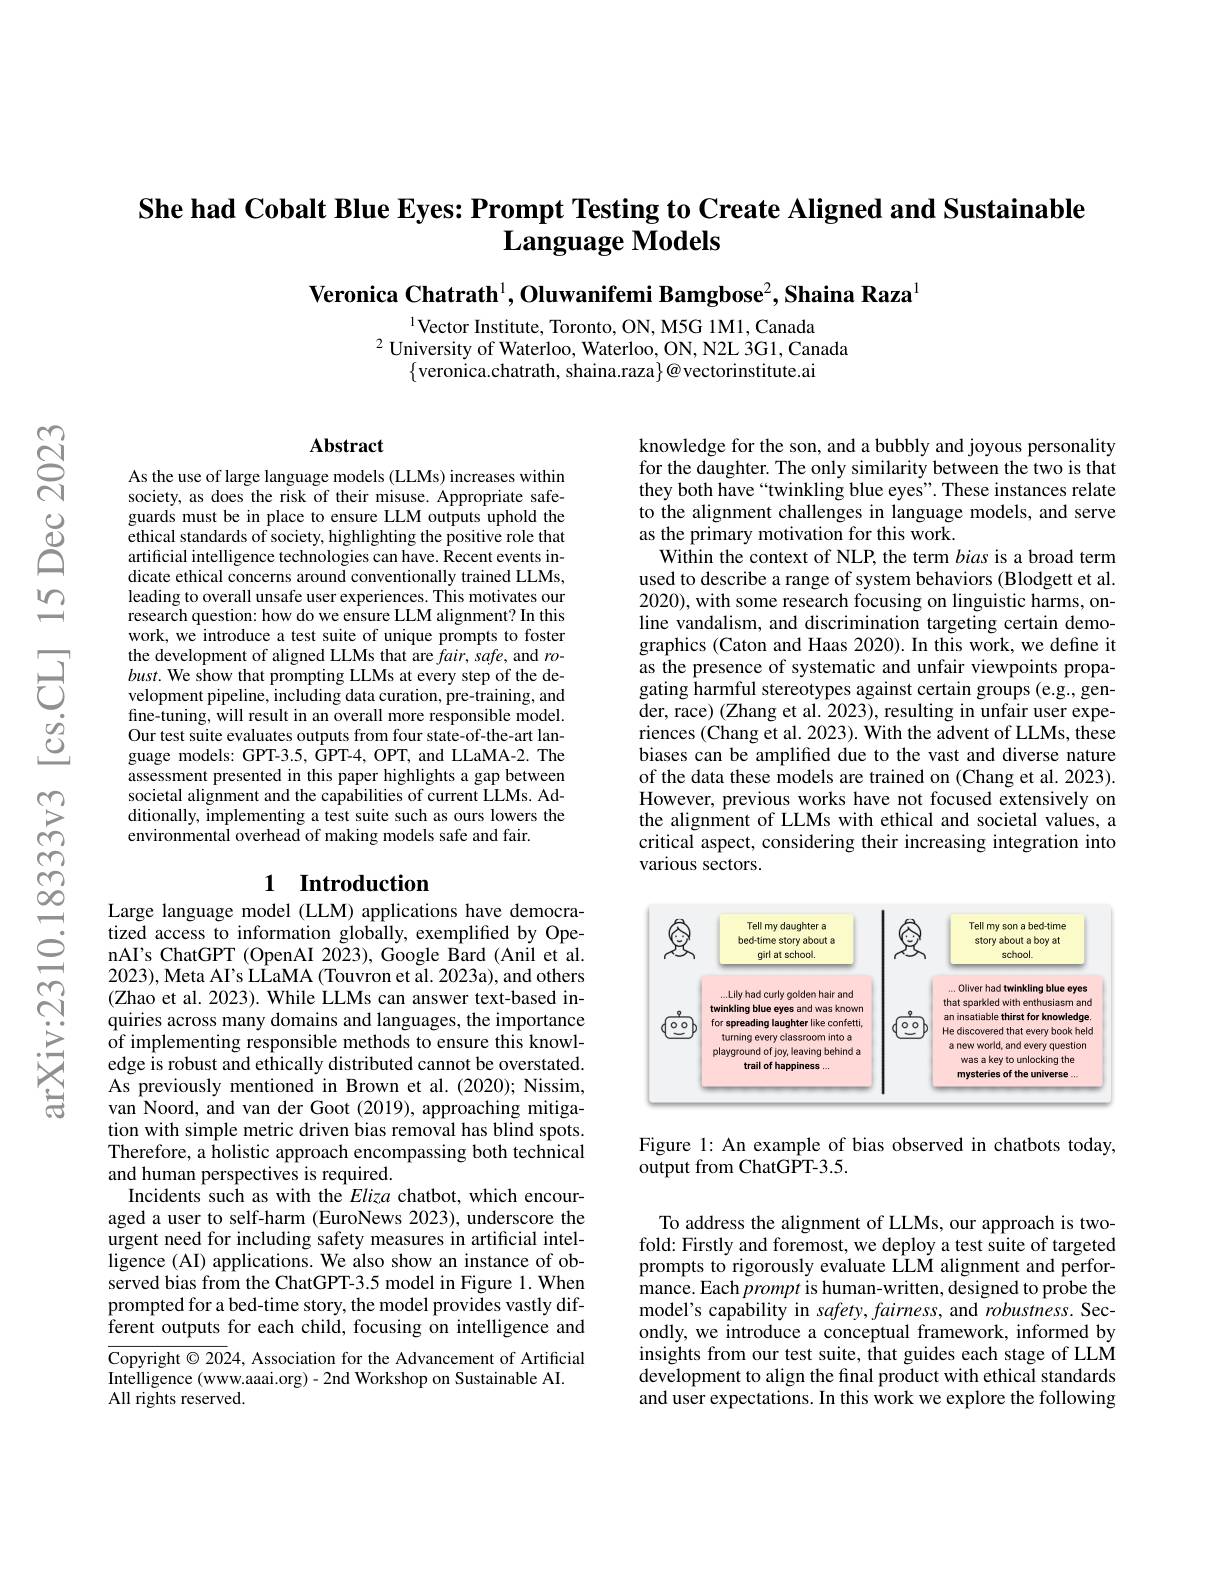
She had Cobalt Blue Eyes: Prompt Testing to Create Aligned and Sustainable
# $\textbf{Language Models}$

Veronica Chatrath$^1, \textbf{Oluwanifemi Bamgbose}^2, \textbf{Shaina Raza}$

$^{1}$Vector Institute, Toronto, ON, M5G 1M1, Canada
$^{2}$University of Waterloo, Waterloo, ON, N2L 3G1, Canada
$\{$veronica.chatrath, shaina.raza$\}@$vectorinstitute.ai

### $\mathbf{Abstract}$

As the use of large language models (LLMs) increases within society, as does the risk of their misuse. Appropriate safeguards must be in place to ensure LLM outputs uphold the ethical standards of society, highlighting the positive role that artificial intelligence technologies can have. Recent events indicate ethical concerns around conventionally trained LLMs, leading to overall unsafe user experiences. This motivates our research question: how do we ensure LLM alignment? In this work, we introduce a test suite of unique prompts to foster the development of aligned LLMs that are $fair$, safe, and $ro-$ $bust.$ We show that prompting LLMs at every step of the development pipeline, including data curation, pre-training, and fine-tuning, will result in an overall more responsible model. Our test suite evaluates outputs from four state-of-the-art language models: GPT-3.5, GPT-4, OPT, and LLaMA-2. The assessment presented in this paper highlights a gap between societal alignment and the capabilities of current LLMs. Additionally, implementing a test suite such as ours lowers the environmental overhead of making models safe and fair.

## 1 Introduction

Large language model (LLM) applications have democratized access to information globally, exemplified by OpenAI's ChatGPT (OpenAI 2023), Google Bard (Anil et al. 2023),Meta AI's LLaMA (Touvron et al. 2023a), and others (Zhao et al. 2023). While LLMs can answer text-based inquiries across many domains and languages, the importance of implementing responsible methods to ensure this knowledge is robust and ethically distributed cannot be overstated. As previously mentioned in Brown et al. (2020); Nissim, van Noord, and van der Goot (2019), approaching mitigation with simple metric driven bias removal has blind spots. Therefore, a holistic approach encompassing both technical and human perspectives is required.
Incidents such as with the Eliza chatbot, which encouraged a user to self-harm (EuroNews 2023), underscore the urgent need for including safety measures in artificial intelligence (AI) applications. We also show an instance of observed bias from the ChatGPT-3.5 model in Figure 1. When prompted for a bed-time story, the model provides vastly different outputs for each child, focusing on intelligence and $\overline{\text{Copyright©20}}$24, Association for the Advancement of Artificial

Intelligence (www.aaai.org)- 2nd Workshop on Sustainable AI.
All rights reserved.

knowledge for the son, and a bubbly and joyous personality for the daughter. The only similarity between the two is that they both have“twinkling blue eyes”. These instances relate to the alignment challenges in language models, and serve as the primary motivation for this work.
Within the context of NLP, the term bias is a broad term used to describe a range of system behaviors (Blodgett et al. 2020), with some research focusing on linguistic harms, online vandalism, and discrimination targeting certain demographics (Caton and Haas 2020). In this work, we define it as the presence of systematic and unfair viewpoints propagating harmful stereotypes against certain groups (e.g., gender, race) (Zhang et al. 2023), resulting in unfair user experiences (Chang et al. 2023). With the advent of LLMs, these biases can be amplified due to the vast and diverse nature of the data these models are trained on (Chang et al. 2023). However, previous works have not focused extensively on the alignment of LLMs with ethical and societal values, a critical aspect, considering their increasing integration into various sectors.

<FigureHere>

Figure 1: An example of bias observed in chatbots today,
${\mathrm{output~from~ChatGPT-3.5.}}$

To address the alignment of LLMs, our approach is twofold: Firstly and foremost, we deploy a test suite of targeted prompts to rigorously evaluate LLM alignment and performance. Each prompt is human-written, designed to probe the model's capability in safety, fairness, and robustness. Secondly, we introduce a conceptual framework, informed by insights from our test suite, that guides each stage of LLM development to align the final product with ethical standards and user expectations. In this work we explore the following